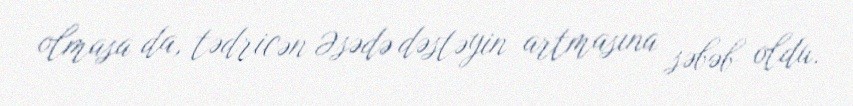
olmasa da, tədricən Əsədə dəstəyin artmasına səbəb oldu.